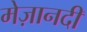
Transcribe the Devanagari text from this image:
मेज़ानदी